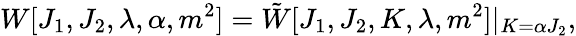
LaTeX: W[J_{1},J_{2},\lambda,\alpha,m^{2}]=\tilde{W}[J_{1},J_{2},K,\lambda,m^{2}]|_{K=\alpha J_{2}},